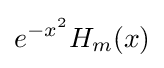
e^{-x^{2}}H_{m}(x)